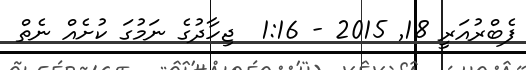
ފެބްރުއަރީ 18